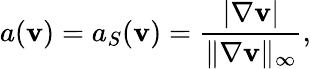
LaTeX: a(\mathbf v)=a_{S}(\mathbf v)=\frac{|\nabla\mathbf v|}{\| \nabla\mathbf v\| _{\infty}},